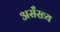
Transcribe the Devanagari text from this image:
असँख्य